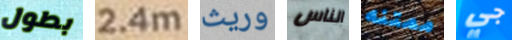
بطول 2.4m وريث الناس ممتنه جي